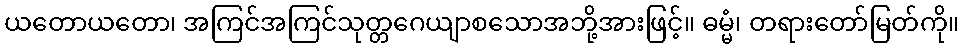
ယတောယတော၊ အကြင်အကြင်သုတ္တဂေယျာစသောအဘို့အားဖြင့်။ ဓမ္မံ၊ တရားတော်မြတ်ကို။